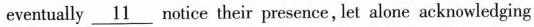
eventually \underline{11} notice their presence, let alone acknowledging